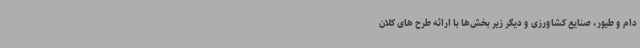
دام و طیور، صنایع کشاورزی و دیگر زیر بخش‌ها با ارائه طرح های کلان